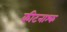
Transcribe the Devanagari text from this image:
कीटनाश्क